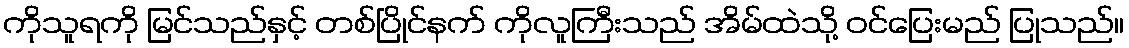
ကိုသူရကို မြင်သည်နှင့် တစ်ပြိုင်နက် ကိုလူကြီးသည် အိမ်ထဲသို့ ဝင်ပြေးမည် ပြုသည်။